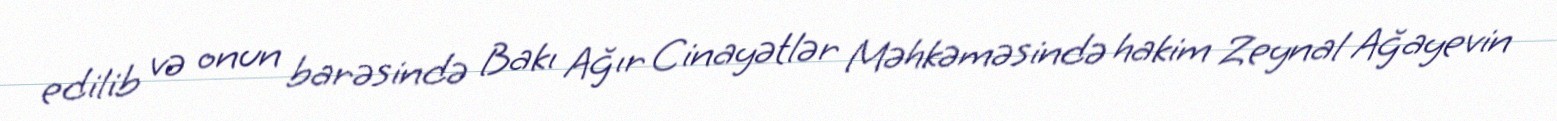
edilib və onun barəsində Bakı Ağır Cinayətlər Məhkəməsində hakim Zeynal Ağayevin